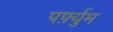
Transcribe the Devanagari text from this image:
पर्फ़्युम